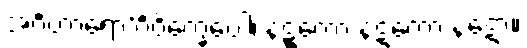
အင်္ဂဟာရော’င်္ဂဝိက္ခေပေါ၊ နဋ္ဋကော နဋကော နဋော။